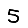
Digit: 5